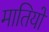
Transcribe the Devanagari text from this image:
मातियों